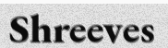
Shreeves